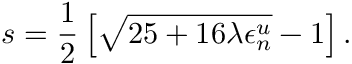
s = \frac { 1 } { 2 } \left[ \sqrt { 2 5 + 1 6 \lambda \epsilon _ { n } ^ { u } } - 1 \right] .